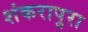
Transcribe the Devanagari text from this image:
शंकरापुरा